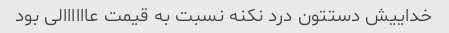
خداییش دستتون درد نکنه نسبت به قیمت عاااااالی بود